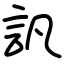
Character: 訉